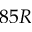
8 5 R